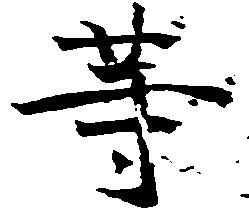
等